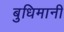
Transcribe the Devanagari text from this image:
बुधिमानी